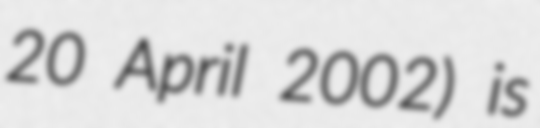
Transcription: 20 April 2002) is